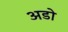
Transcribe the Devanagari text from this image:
अडो